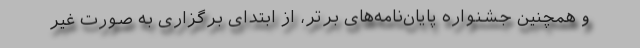
و همچنین جشنواره پایان‌نامه‌های برتر، از ابتدای برگزاری به صورت غیر